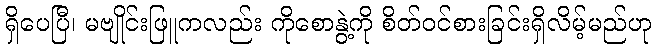
ရှိပေပြီ၊ မဗျိုင်းဖြူကလည်း ကိုစောနွဲ့ကို စိတ်ဝင်စားခြင်းရှိလိမ့်မည်ဟု